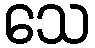
သေ